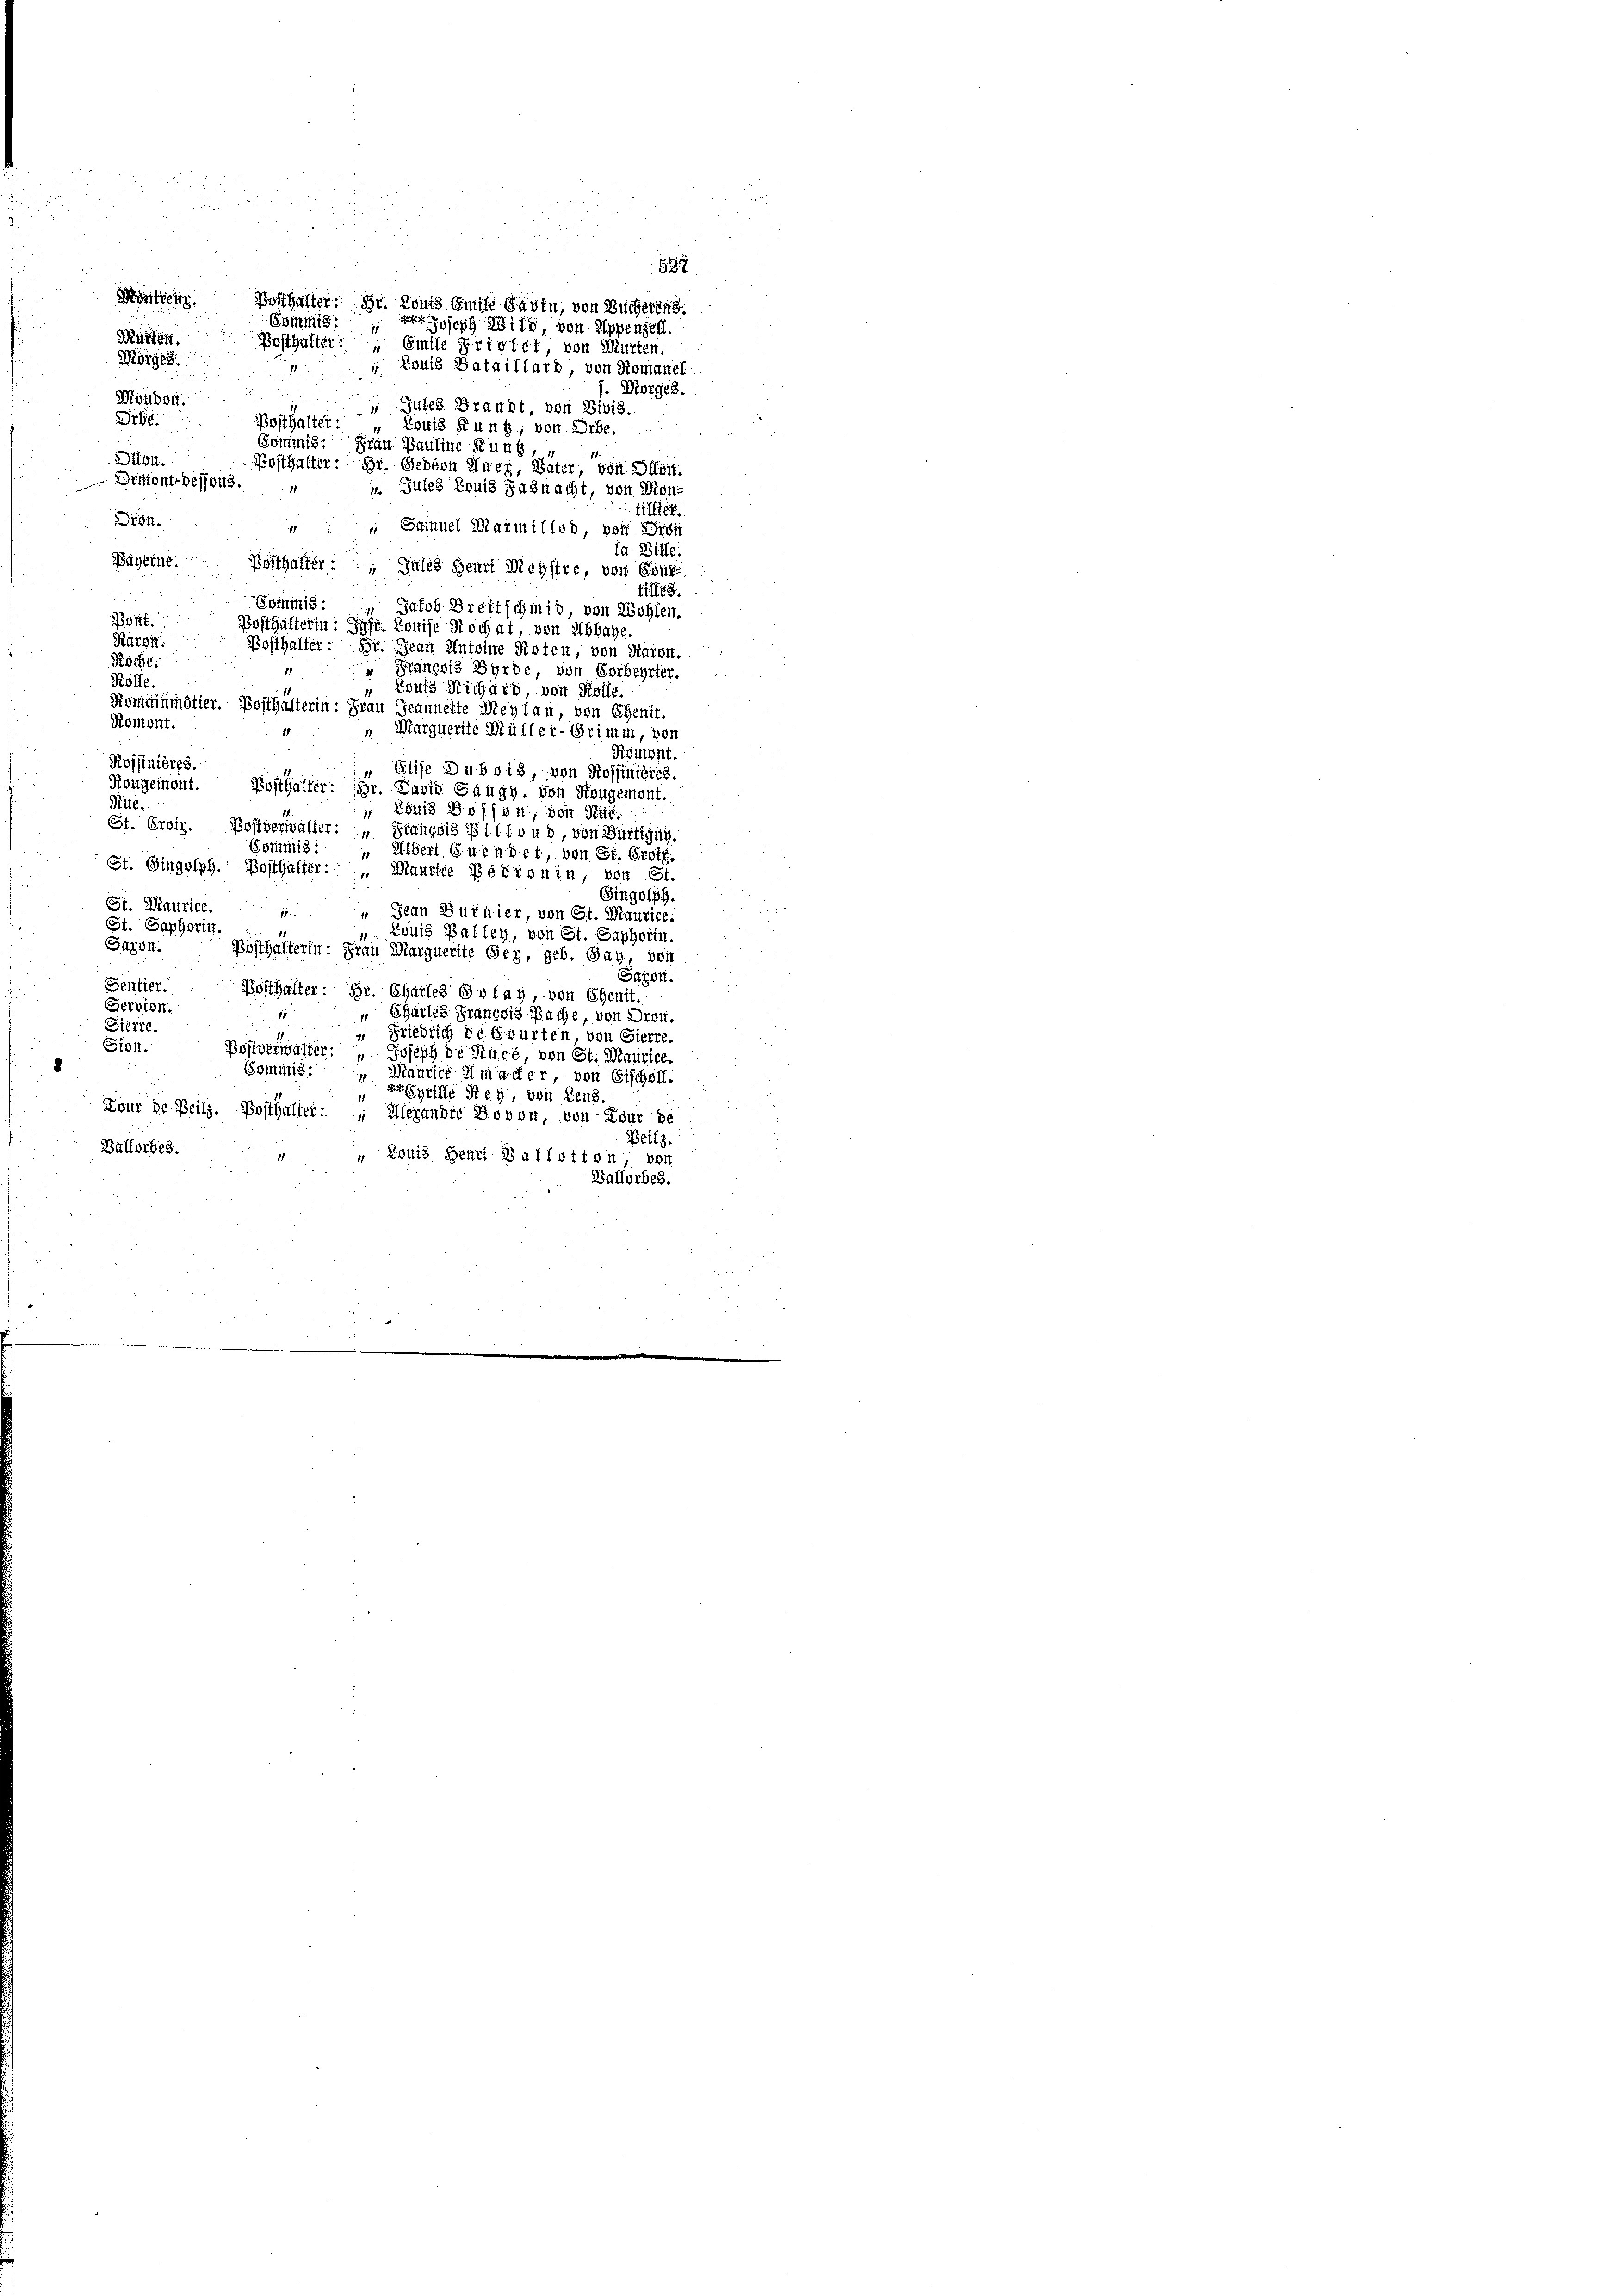
Montreur. Posthalter. Dr. Louis émise Savin, von Bucherung.
Posthalter: " Emile Priolet von Murten.
 Louis Bataillard, von Romanel
f. Morges.
g
Mouben
 Gutes Brandt, von Bibis.
ibe.
Posthalter.
 Louis Kunz, von Orbe.
Gommis. Frau Pauline Rund,
Dion.
Posthalter: Si. Gebeon Unei, Vater, von Offert.
Driont-dessous.
Jules Louis Faßnacht, von Mond
tillier
ton.
 Sainuel Marmilsod, von Bri
ld Bille
Pähtene Posthalter: Gutes Herr Meystre, von Esur-
tillig
Soiniis:
Jakob Breitschmid, von Wohlen.
Boit.
Posthalterin: Jahr. Louise Kochat, von Abbage.
Karsi:
Bosthalter: Hr. Jean Anteine Kisten, von Kaise.
Fröche
" Francois Bürde, von Vorbeyrier.
Kolle.
Louis Richard von Rolle.
Komainmötier. Posthalterin: Frau Geannette Meylan, von Ehenit.
Romont.
Marquerite Müller-Grimm, von
Fomont
Roffinières.
 Elise Dubois, von Rossinteres.
Kivügemont.
Posthalter: Hr. David Saugy, von Kongemont.
Kile.
 Löwis offen, von Rük¬
St. Ersiz. Postverwalter: „Stanesis § 111oud, von Burttgng.
Bommis: Albert Guendet, von Sr. Erste
St. Gingolph. Posthalter: " Maurice Bébronin, von St.
u
Singolph.
St. Maurice.
Scan Burnier, von St. Maurice.
St. Saphorin.
 Louis Ballen, von St. Saphorin.
Sazon.
Posthalterin: Frau Marquerite Ser, geb. Bay, von
Saron.
Sentier.
Bosthalter: Br. Chartes Golay, von Chenit.
Servion.
 Chartes Francois Pache, von Dron.
Sierte.
“ Friedrich de Courten, von Sierre.
Sien. Postverwalter: " Joseph de Nüre, von St. Maurice.
8
Commis:
 Maurice im acter, von Fischollegriffe sey, von Lenz.
Tour de Beilz. Posthalter: " Alexandre Dovon, von Tour de
Beilz.
Ballorbes.
" Louis Henri Ballotton, von
Ballorbes.

R
Würten
i
1

587
Commis. Der Joseph Wild, von Appenzell.